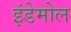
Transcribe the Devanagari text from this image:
इंडेमोल